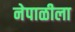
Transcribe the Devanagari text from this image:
नेपाळीला